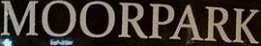
MOORPARK